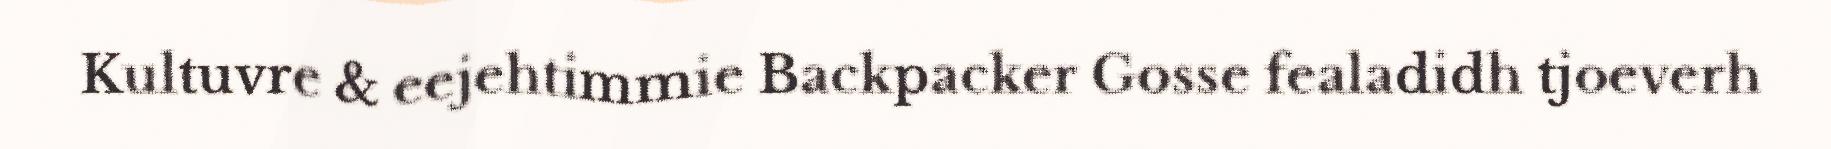
Kultuvre & eejehtimmie Backpacker Gosse fealadidh tjoeverh